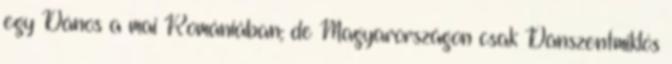
egy Dá­nos a mai Romániában; de Magyarországon csak Dánszentmiklós